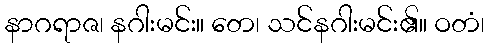
နာဂရာဇ၊ နဂါးမင်း။ တေ၊ သင်နဂါးမင်း၏။ ဝတံ၊